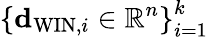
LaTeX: \left\{ {\mathbf d}_{\mathrm{WIN},i}\in\mathbb{R}^{n}\right\} _{i=1}^{k}